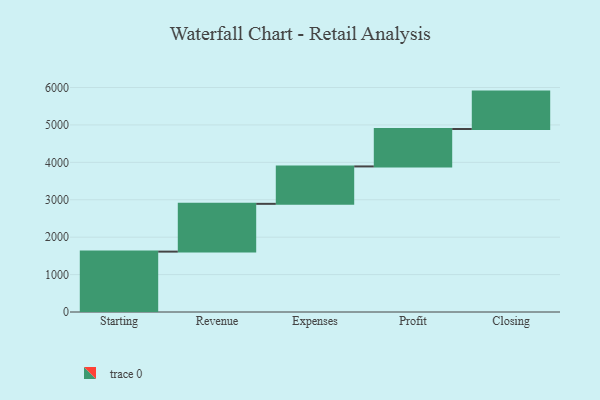
{"axis": {"x": "Step", "y": "Value"}, "legend": [""], "data": [{"x": "Starting", "y": 1614.0, "type": ""}, {"x": "Revenue", "y": 1277.0, "type": ""}, {"x": "Expenses", "y": 1000, "type": ""}, {"x": "Profit", "y": 1000, "type": ""}, {"x": "Closing", "y": 1000, "type": ""}]}